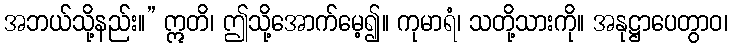
အဘယ်သို့နည်း။” ဣတိ၊ ဤသို့အောက်မေ့၍။ ကုမာရံ၊ သတို့သားကို။ အနုဋ္ဌာပေတွာဝ၊